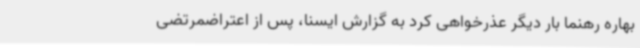
بهاره رهنما بار دیگر عذرخواهی کرد به گزارش ایسنا، پس از اعتراضمرتضی